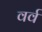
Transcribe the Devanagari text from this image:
वर्व